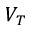
V _ { T }